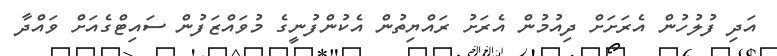
އަދި ފުލުހުން އެރަށަށް ދިއުމުން އެރަށު ރައްޔިތުން އެކުންފުނީގެ މުވައްޒަފުން ސައިޓްގެއަށް ވައްދާ